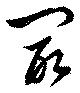
冣